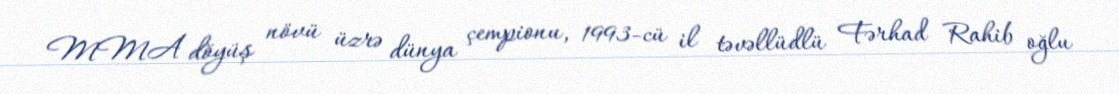
MMA döyüş növü üzrə dünya çempionu, 1993-cü il təvəllüdlü Fərhad Rahib oğlu